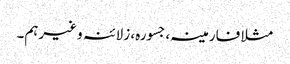
مثلا فارمینہ، جسورہ، زلائنہ وغیرہم۔